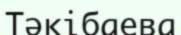
Тәкібаева